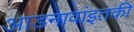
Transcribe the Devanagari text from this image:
आडनावांइतकी